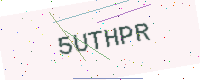
Text: 5UTHPR